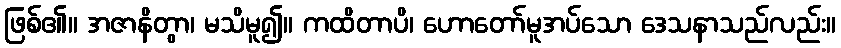
ဖြစ်၏။ အဇာနိတွာ၊ မသိမူ၍။ ကထိတာပိ၊ ဟောတော်မူအပ်သော ဒေသနာသည်လည်း။